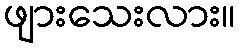
ဖျားသေးလား။